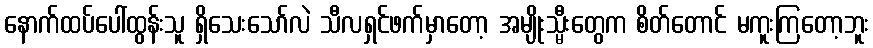
နောက်ထပ်ပေါ်ထွန်းသူ ရှိသေးသော်လဲ သီလရှင်ဖက်မှာတော့ အမျိုးသ္မီးတွေက စိတ်တောင် မကူးကြတော့ဘူး